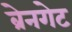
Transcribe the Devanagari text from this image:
ब्रेनगेट